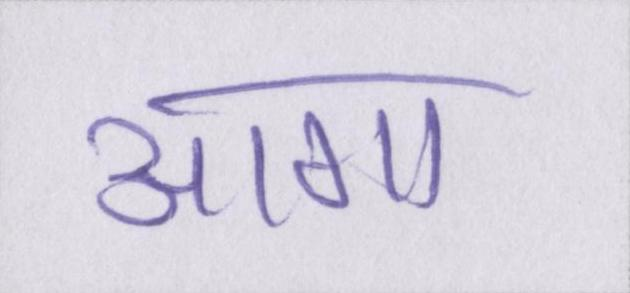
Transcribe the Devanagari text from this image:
आगा